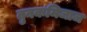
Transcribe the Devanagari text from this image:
तुनकमिजाज